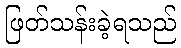
ဖြတ်သန်းခဲ့ရသည်